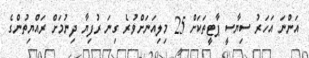
އަންނަ އަހަރު ސިޔާސީ ޕާޓީތަކަށް 25 މިލިއަނަށްވުރެ ގިނަ ރުފިޔާ ދިނުމަށް ރައްޔިތުންގެ